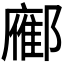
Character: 𬪚